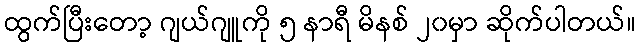
ထွက်ပြီးတော့ ဂျယ်ဂျူကို ၅ နာရီ မိနစ် ၂၀မှာ ဆိုက်ပါတယ်။